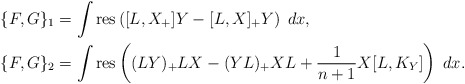
\begin{align*}&\{F,G\}_1 = \int \mathrm{res} \left([L,X_+] Y-[L,X]_+Y\right) \; dx ,\\&\{F,G\}_2 = \int \mathrm{res} \left( (LY)_+ LX - (YL)_+ XL + \frac{1}{n+1} X[L,K_Y] \right) \; dx. \end{align*}